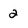
Character: 2